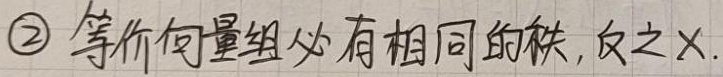
\(2\) 等价向量组必有相同的秩，反之×.